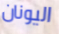
اليونان